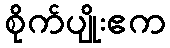
စိုက်ပျိုးဧက